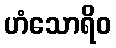
ဟံသောရိဝ